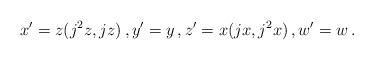
LaTeX: \begin{align*}x^\prime = z(j^2z, jz) \, , y^\prime = y \, , z^\prime = x(jx, j^2x) \, , w^\prime = w \, . \end{align*}